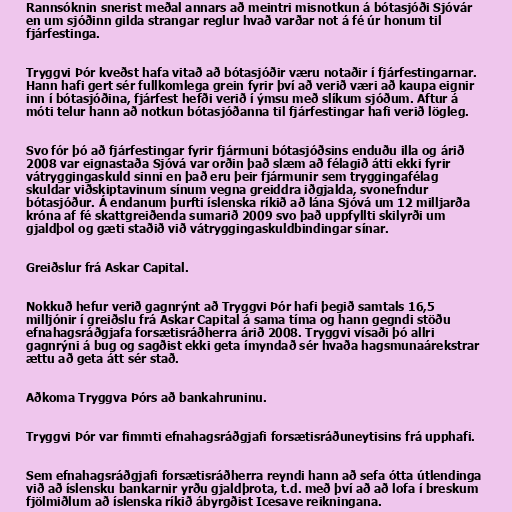
Rannsóknin snerist meðal annars að meintri misnotkun á bótasjóði Sjóvár
en um sjóðinn gilda strangar reglur hvað varðar not á fé úr honum til
fjárfestinga.

Tryggvi Þór kveðst hafa vitað að bótasjóðir væru notaðir í fjárfestingarnar.
Hann hafi gert sér fullkomlega grein fyrir því að verið væri að kaupa eignir
inn í bótasjóðina, fjárfest hefði verið í ýmsu með slíkum sjóðum. Aftur á
móti telur hann að notkun bótasjóðanna til fjárfestingar hafi verið lögleg.

Svo fór þó að fjárfestingar fyrir fjármuni bótasjóðsins enduðu illa og árið
2008 var eignastaða Sjóvá var orðin það slæm að félagið átti ekki fyrir
vátryggingaskuld sinni en það eru þeir fjármunir sem tryggingafélag
skuldar viðskiptavinum sínum vegna greiddra iðgjalda, svonefndur
bótasjóður. Á endanum þurfti íslenska ríkið að lána Sjóvá um 12 milljarða
króna af fé skattgreiðenda sumarið 2009 svo það uppfyllti skilyrði um
gjaldþol og gæti staðið við vátryggingaskuldbindingar sínar.

Greiðslur frá Askar Capital.

Nokkuð hefur verið gagnrýnt að Tryggvi Þór hafi þegið samtals 16,5
milljónir í greiðslu frá Askar Capital á sama tíma og hann gegndi stöðu
efnahagsráðgjafa forsætisráðherra árið 2008. Tryggvi vísaði þó allri
gagnrýni á bug og sagðist ekki geta ímyndað sér hvaða hagsmunaárekstrar
ættu að geta átt sér stað.

Aðkoma Tryggva Þórs að bankahruninu.

Tryggvi Þór var fimmti efnahagsráðgjafi forsætisráðuneytisins frá upphafi.

Sem efnahagsráðgjafi forsætisráðherra reyndi hann að sefa ótta útlendinga
við að íslensku bankarnir yrðu gjaldþrota, t.d. með því að að lofa í breskum
fjölmiðlum að íslenska ríkið ábyrgðist Icesave reikningana.